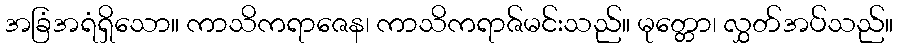
အခြံအရံရှိသော။ ကာသိကရာဇေန၊ ကာသိကရာဇ်မင်းသည်။ မုတ္တော၊ လွှတ်အပ်သည်။